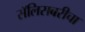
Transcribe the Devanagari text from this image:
सॅलिसबरीचा